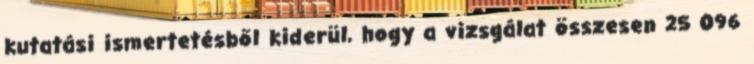
kutatási ismertetésből kiderül, hogy a vizsgálat összesen 25 096